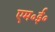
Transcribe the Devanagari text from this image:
एम॰ई॰